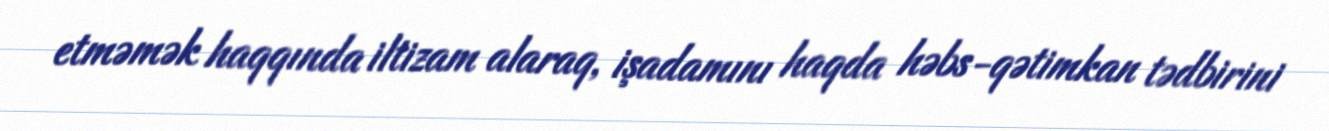
etməmək haqqında iltizam alaraq, işadamını haqda həbs-qətimkan tədbirini